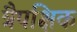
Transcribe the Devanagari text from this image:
त्रैपक्षिक